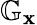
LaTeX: \mathbb G_{\mathbf{x}}